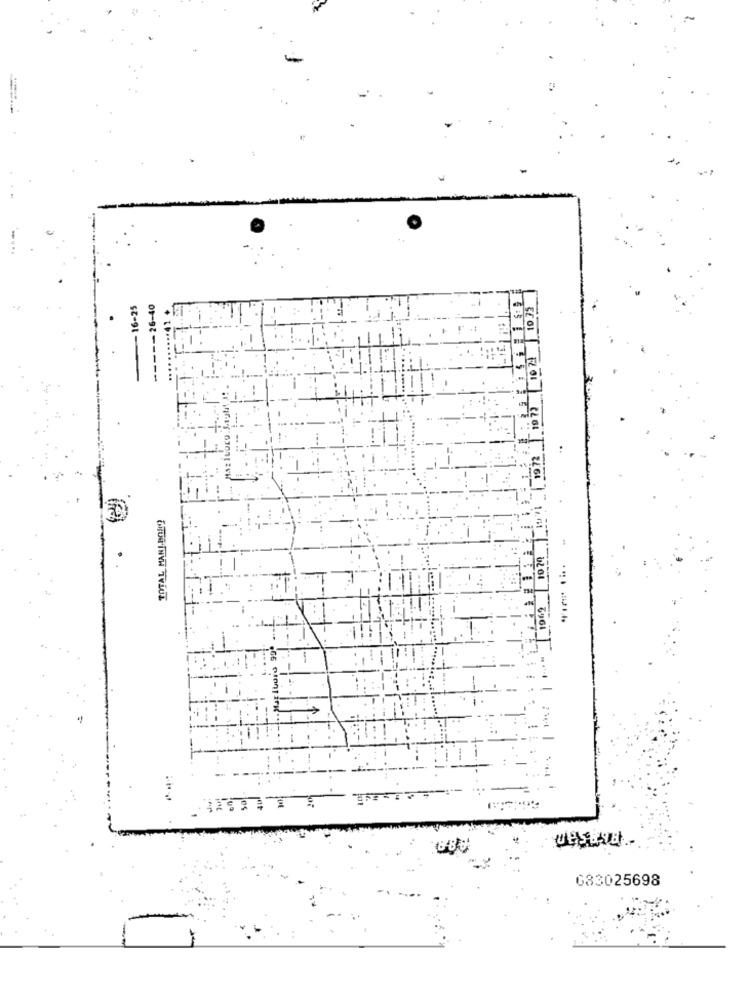
- 16-25
TOTAL MARLBORO
1962
6.88
633025698